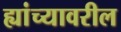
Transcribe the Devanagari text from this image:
ह्यांच्यावरील